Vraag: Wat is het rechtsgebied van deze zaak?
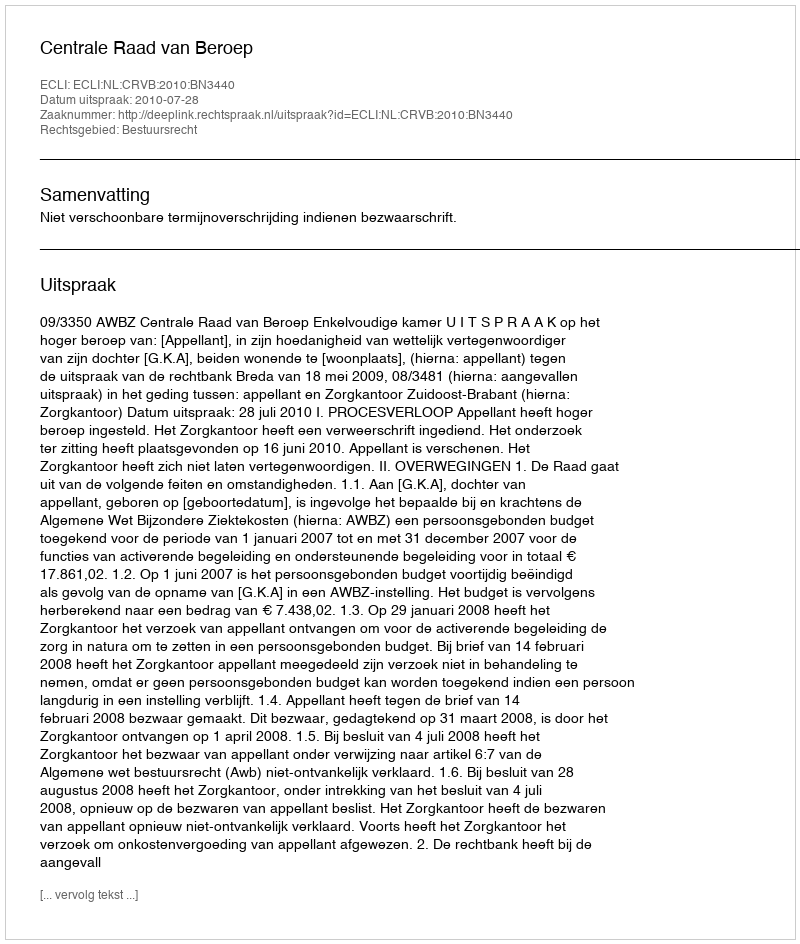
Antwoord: Bestuursrecht